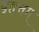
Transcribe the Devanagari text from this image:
बृहत्तम्